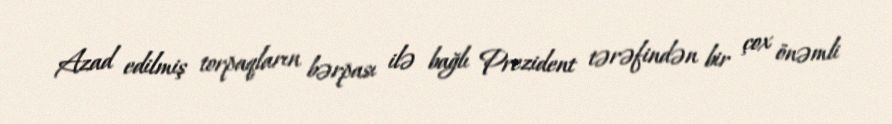
Azad edilmiş torpaqların bərpası ilə bağlı Prezident tərəfindən bir çox önəmli